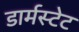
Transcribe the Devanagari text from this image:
डार्मस्टेट